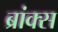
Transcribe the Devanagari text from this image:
ब्रांक्स